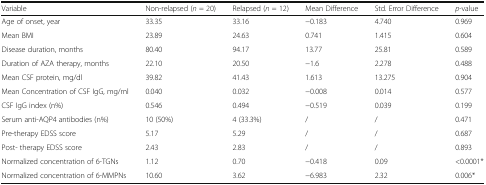
<table><thead><tr><td><b>Variable</b></td><td><b>Non-relapsed (<i>n</i> = 20)</b></td><td><b>Relapsed (<i>n</i> = 12)</b></td><td><b>Mean Difference</b></td><td><b>Std. Error Difference</b></td><td><b><i>p</i>-value</b></td></tr></thead><tbody><tr><td>Age of onset, year</td><td>33.35</td><td>33.16</td><td>−0.183</td><td>4.740</td><td>0.969</td></tr><tr><td>Mean BMI</td><td>23.89</td><td>24.63</td><td>0.741</td><td>1.415</td><td>0.604</td></tr><tr><td>Disease duration, months</td><td>80.40</td><td>94.17</td><td>13.77</td><td>25.81</td><td>0.589</td></tr><tr><td>Duration of AZA therapy, months</td><td>22.10</td><td>20.50</td><td>−1.6</td><td>2.278</td><td>0.488</td></tr><tr><td>Mean CSF protein, mg/dl</td><td>39.82</td><td>41.43</td><td>1.613</td><td>13.275</td><td>0.904</td></tr><tr><td>Mean Concentration of CSF IgG, mg/ml</td><td>0.040</td><td>0.032</td><td>−0.008</td><td>0.014</td><td>0.577</td></tr><tr><td>CSF IgG index (n%)</td><td>0.546</td><td>0.494</td><td>−0.519</td><td>0.039</td><td>0.199</td></tr><tr><td>Serum anti-AQP4 antibodies (n%)</td><td>10 (50%)</td><td>4 (33.3%)</td><td>/</td><td>/</td><td>0.471</td></tr><tr><td>Pre-therapy EDSS score</td><td>5.17</td><td>5.29</td><td>/</td><td>/</td><td>0.687</td></tr><tr><td>Post- therapy EDSS score</td><td>2.43</td><td>2.83</td><td>/</td><td>/</td><td>0.893</td></tr><tr><td>Normalized concentration of 6-TGNs</td><td>1.12</td><td>0.70</td><td>−0.418</td><td>0.09</td><td>&lt;0.0001*</td></tr><tr><td>Normalized concentration of 6-MMPNs</td><td>10.60</td><td>3.62</td><td>−6.983</td><td>2.32</td><td>0.006*</td></tr></tbody></table>